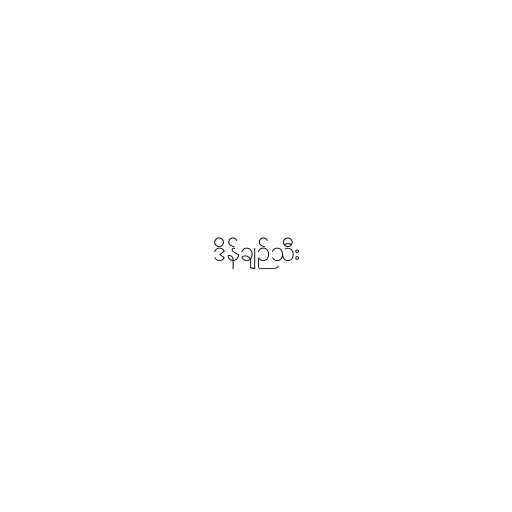
ဒိန်ချဉ်သီး